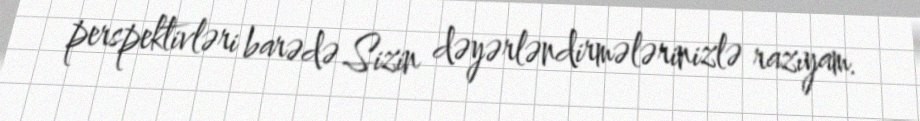
perspektivləri barədə Sizin dəyərləndirmələrinizlə razıyam.